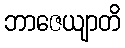
ဘာဇေယျာတိ